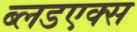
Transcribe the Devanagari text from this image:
ब्लडएक्स